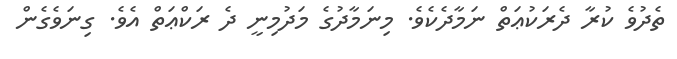
ތެދުވެ ކުރާ ދެރަކުޢަތް ނަމާދެކެވެ. މިނަމާދުގެ މަދުމިނީ ދެ ރަކްޢަތް އެވެ. ގިނަވެގެން